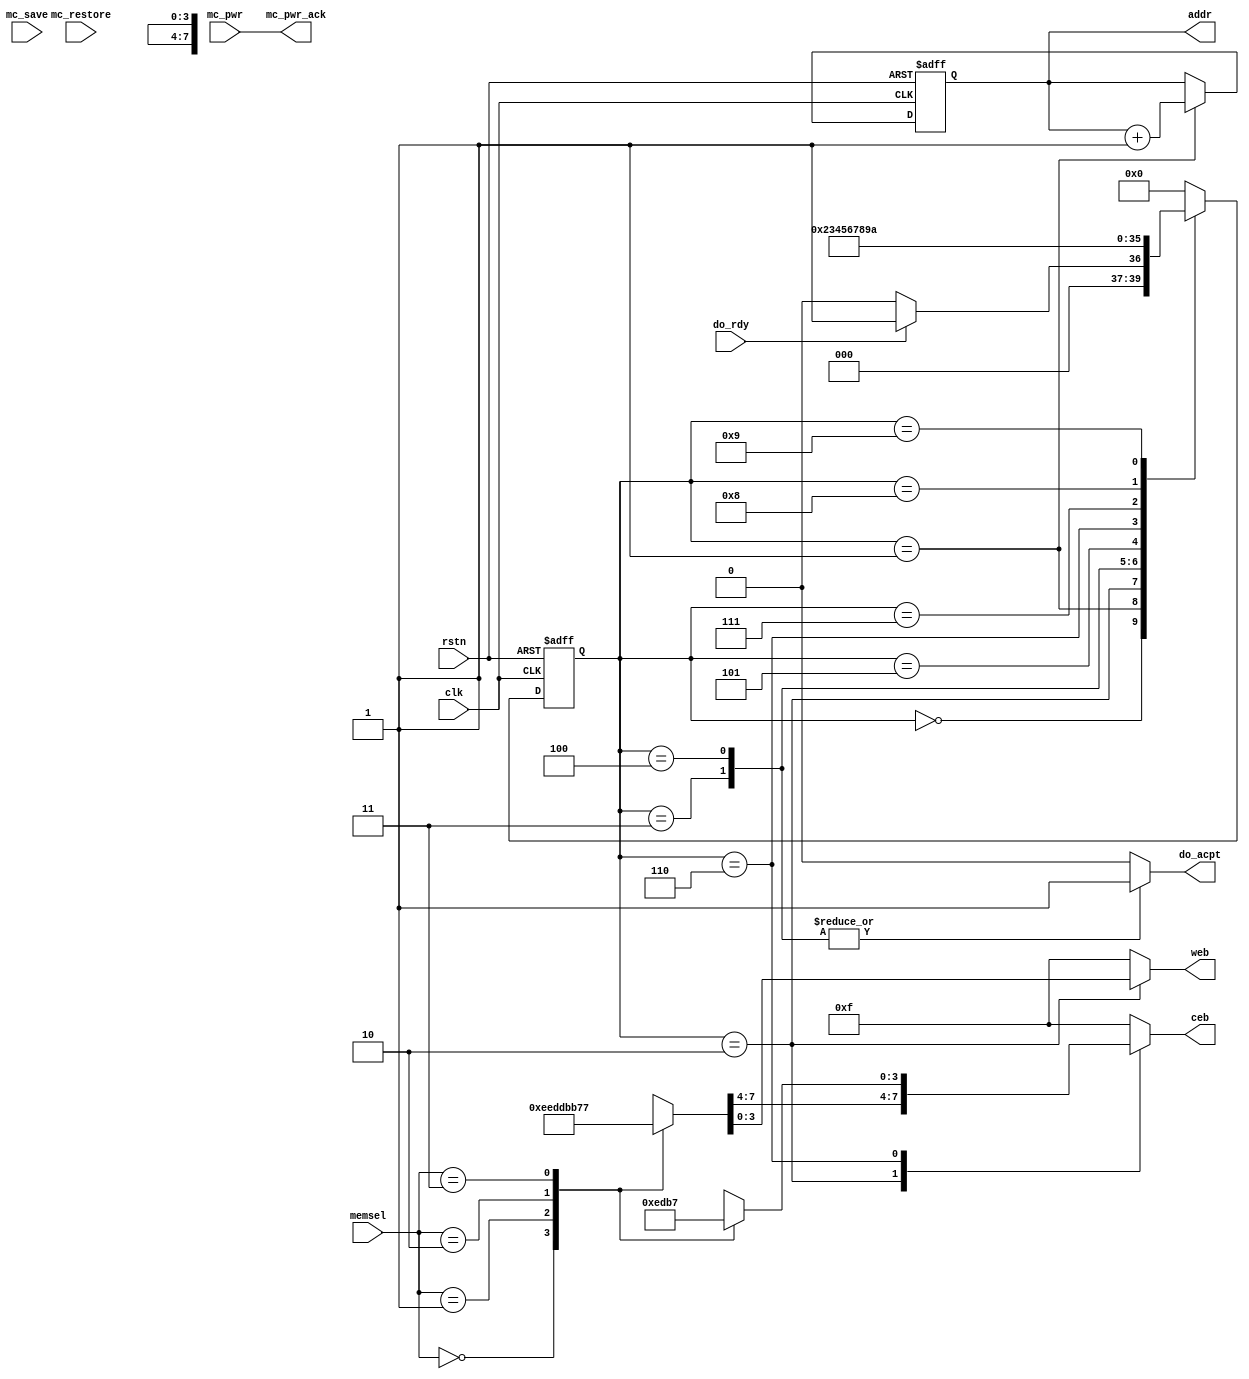
`timescale 1ns/1ns

module mem_ctrl (
    input clk, rstn, do_rdy, mc_pwr,
    input [1:0] memsel,
    input mc_save, mc_restore,
    output mc_pwr_ack,
    output reg do_acpt,
    output reg [3:0] ceb, web,
    output reg [7:0] addr);

    // state encoding & FSM variables
    parameter S0  = 4'd0;
    parameter S1  = 4'd1;
    parameter S2  = 4'd2;
    parameter S3  = 4'd3;
    parameter S4  = 4'd4;
    parameter S5  = 4'd5;
    parameter S6  = 4'd6;
    parameter S7  = 4'd7;
    parameter S8  = 4'd8;
    parameter S9  = 4'd9;
    parameter S10 = 4'd10;
    reg [3:0] present_state, next_state;
    
    // model pwr_ack -- changed post DC synthesis
    buf( mc_pwr_ack, mc_pwr);

    // FSM state register
    always @(posedge clk or negedge rstn)
        if (rstn == 1'b0) begin
            present_state <= S0;
            addr <= 0;
        end
        else begin
            present_state <= next_state;
            addr <= (present_state == S1) ? (addr + 1'b1) : addr ;  // address pointer
        end 

    // FSM next state & output logic
    always @(*) begin
        do_acpt = 1'b0;
        {ceb, web} = 8'b11111111;
        case (present_state) // synopsys full_case
            S0: if (do_rdy)
                    next_state = S1;
                else
                    next_state = S0;
            S1: begin
                    next_state = S2;
                end
            S2: begin
                    case (memsel)
                        2'b00 : {ceb, web} = 8'b11101110;
                        2'b01 : {ceb, web} = 8'b11011101;
                        2'b10 : {ceb, web} = 8'b10111011;
                        2'b11 : {ceb, web} = 8'b01110111;
                    endcase
                    next_state = S3;
                end
            S3: begin
                    {ceb, web} = 8'b11111111;
                    do_acpt = 1'b1;
                    next_state = S4;
                end
            S4: begin
                    do_acpt = 1'b1;
                    next_state = S5;
                end
            S5: next_state = S6;
            S6: begin
                    case (memsel)
                        2'b00 : ceb = 4'b1110;
                        2'b01 : ceb = 4'b1101;
                        2'b10 : ceb = 4'b1011;
                        2'b11 : ceb = 4'b0111;
                    endcase
                    next_state = S7;
                end
            S7: next_state = S8;
            S8: next_state = S9;
            S9: begin
                    ceb = 4'b1111;
                    next_state = S10;
                end
            S10: next_state = S0;
            default: next_state = S0;
        endcase
    end

endmodule